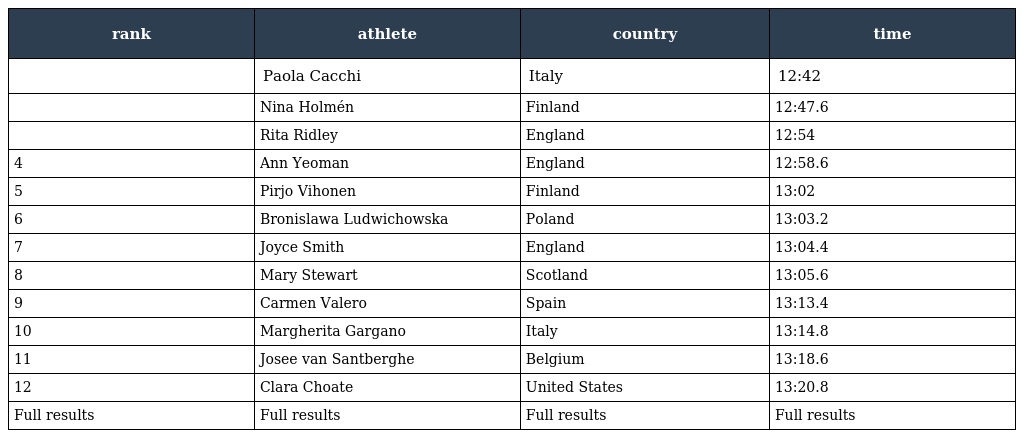
| rank | athlete | country | time |
 | --- | --- | --- | --- |
 |  | Paola Cacchi | Italy | 12:42 |
 |  | Nina Holmén | Finland | 12:47.6 |
 |  | Rita Ridley | England | 12:54 |
 | 4 | Ann Yeoman | England | 12:58.6 |
 | 5 | Pirjo Vihonen | Finland | 13:02 |
 | 6 | Bronislawa Ludwichowska | Poland | 13:03.2 |
 | 7 | Joyce Smith | England | 13:04.4 |
 | 8 | Mary Stewart | Scotland | 13:05.6 |
 | 9 | Carmen Valero | Spain | 13:13.4 |
 | 10 | Margherita Gargano | Italy | 13:14.8 |
 | 11 | Josee van Santberghe | Belgium | 13:18.6 |
 | 12 | Clara Choate | United States | 13:20.8 |
 | Full results | Full results | Full results | Full results |